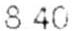
8.40